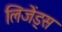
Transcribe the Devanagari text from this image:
लिजेंड्स